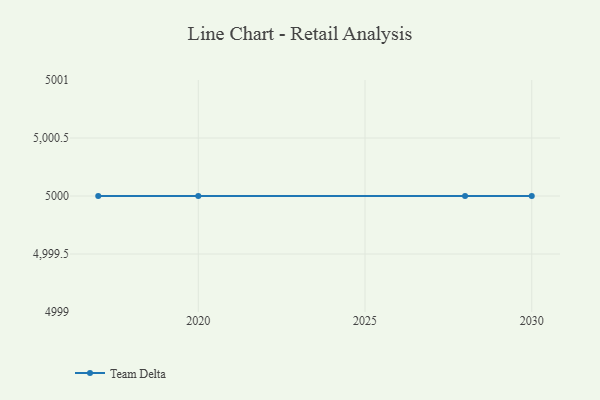
{"axis": {"x": "Year", "y": "Market Share (%)"}, "legend": ["Team Delta"], "data": [{"x": "2028", "y": 5000, "type": "Team Delta"}, {"x": "2017", "y": 5000, "type": "Team Delta"}, {"x": "2030", "y": 5000, "type": "Team Delta"}, {"x": "2020", "y": 5000, "type": "Team Delta"}]}